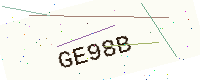
Text: GE98B